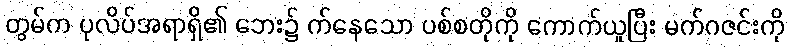
တွမ်က ပုလိပ်အရာရှိ၏ ဘေး၌ က်နေသော ပစ်စတိုကို ကောက်ယူပြီး မက်ဂဇင်းကို